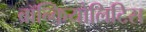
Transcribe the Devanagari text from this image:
ब्रॉन्कियोलिटिस